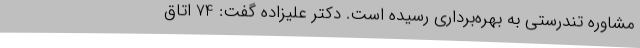
مشاوره تندرستی به بهره‌برداری رسیده است. دکتر علیزاده گفت: 74 اتاق